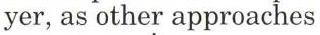
yer, as other approaches